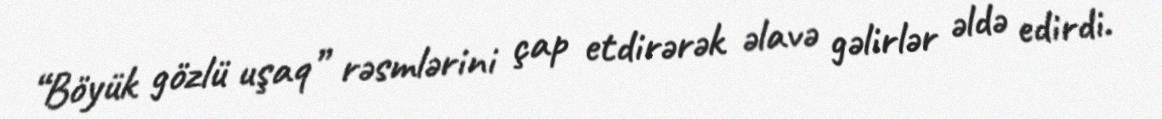
“Böyük gözlü uşaq” rəsmlərini çap etdirərək əlavə gəlirlər əldə edirdi.